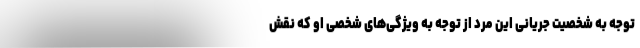
توجه به شخصیت جریانی این مرد از توجه به ویژگی‌های شخصی او که نقش